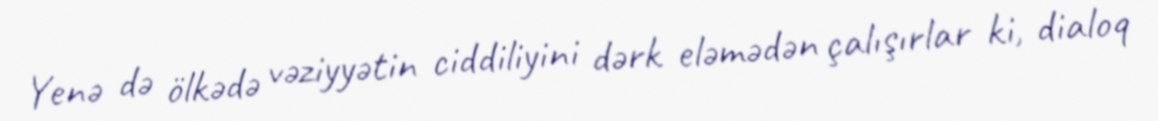
Yenə də ölkədə vəziyyətin ciddiliyini dərk eləmədən çalışırlar ki, dialoq